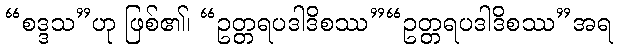
“စဒ္ဒသ”ဟု ဖြစ်၏၊ “ဥတ္တရပဒါဒိစဿ”“ဥတ္တရပဒါဒိစဿ”အရ